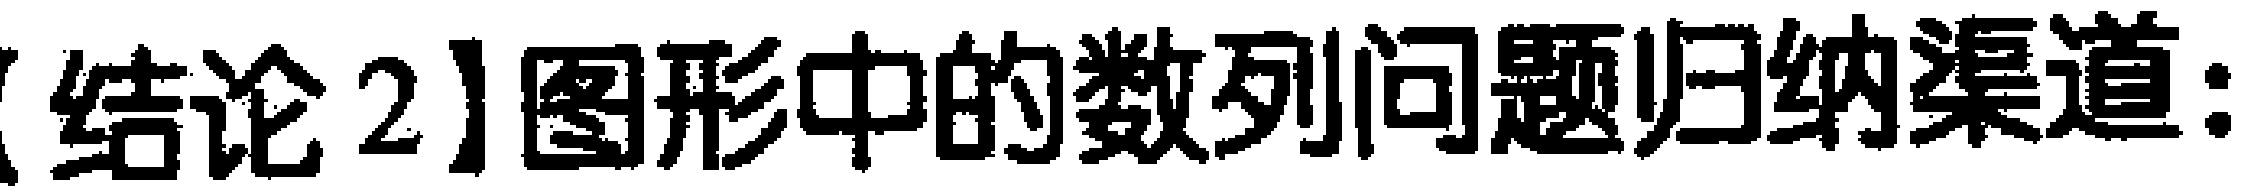
【结论2】图形中的数列问题归纳渠道：